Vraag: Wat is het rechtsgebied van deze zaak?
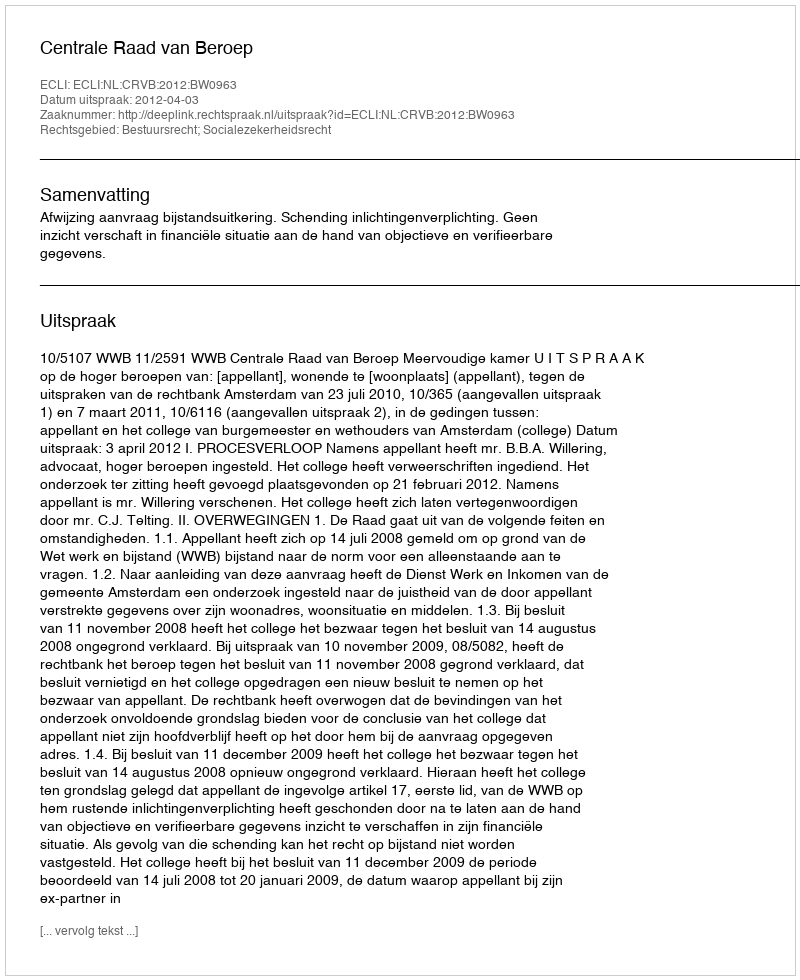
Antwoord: Bestuursrecht; Socialezekerheidsrecht